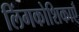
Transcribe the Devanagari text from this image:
लिंगकोशिकाएँ